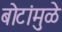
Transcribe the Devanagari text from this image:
बोटांमुळे